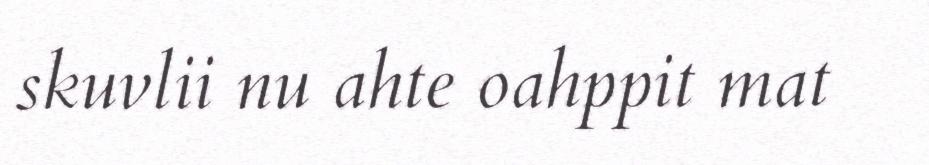
skuvlii nu ahte oahppit mat